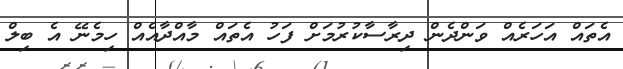
އެތައް އަހަރެއް ވަންދެން ދިރާސާކުރުމަށް ފަހު އެތައް މާއްދާއެއް ހިމެނޭ އެ ބިލް